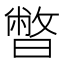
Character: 暼